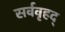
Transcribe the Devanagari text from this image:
सर्ववृहद्